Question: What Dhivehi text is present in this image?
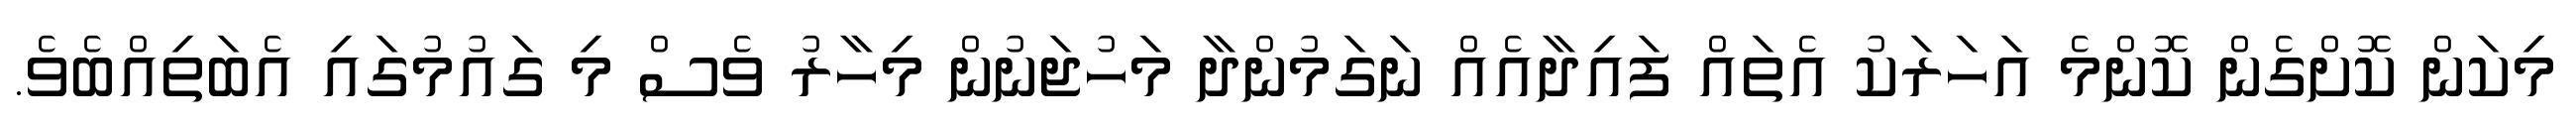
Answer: މިކަން ކޮށްގެން ކޮންމެ އަހަރަކު އެތައް ފައިދާއެއް ނަގަމުންދާ މަހުޖަނުން މިހާރު ވެސް މި ގައުމުގައި އެބަތިއްބެވެ.